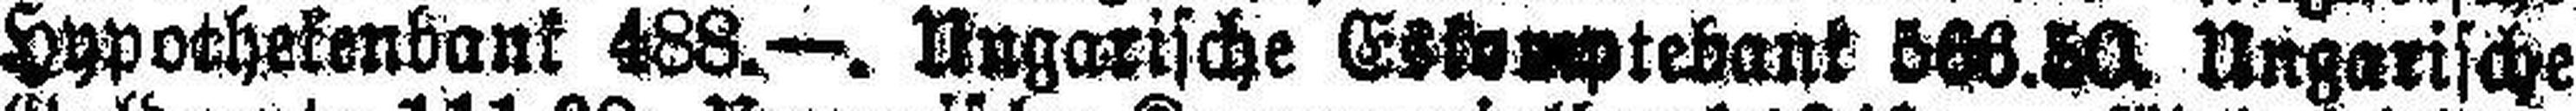
Hypothekenbank 488.—. Ungarische Eskomptebank 566.50. Ungarische